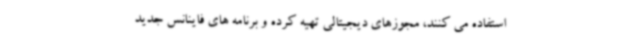
استفاده می کنند، مجوزهای دیجیتالی تهیه کرده و برنامه های فاینانس جدید